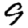
Digit: 9